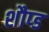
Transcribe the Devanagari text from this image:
शौप्ड